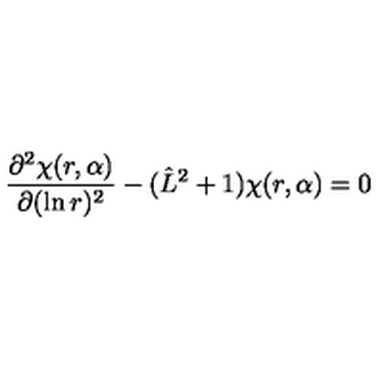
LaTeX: \frac { \partial ^ { 2 } \chi ( r , { \bf \alpha } ) } { \partial ( \ln r ) ^ { 2 } } - ( \hat { L } ^ { 2 } + 1 ) \chi ( r , { \bf \alpha } ) = 0